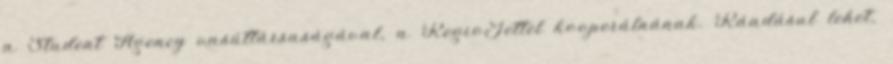
a Student Agency vasúttársaságával, a RegioJettel kooperálnának. Ráadásul lehet,